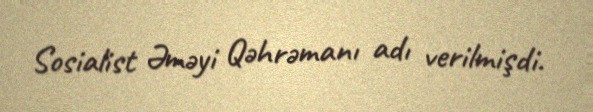
Sosialist Əməyi Qəhrəmanı adı verilmişdi.